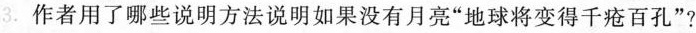
3.作者用了哪些说明方法说明如果没有月亮”地球将变得千疮百孔”?